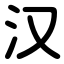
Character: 汉